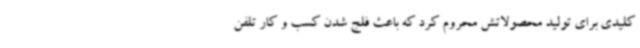
کلیدی برای تولید محصولاتش محروم کرد که باعث فلج شدن کسب و کار تلفن